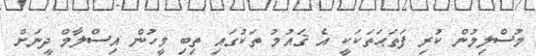
މުސްލިމުން ކުރި ފަތަަޙަތަކަކީ އެ ޤައުމު ތަކުގައި ތިބި މީހުން އިސްލާމް ދީނަށް